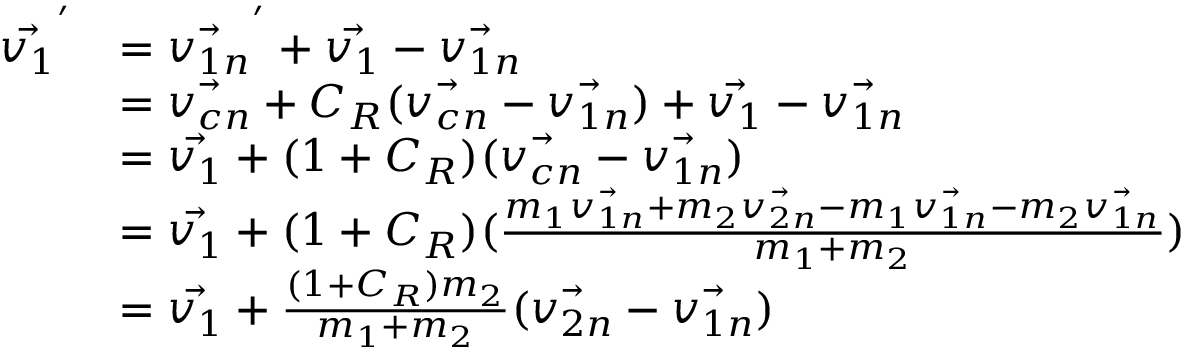
\begin{array} { r l } { \vec { v _ { 1 } } ^ { ' } } & { = \vec { v _ { 1 n } } ^ { ' } + \vec { v _ { 1 } } - \vec { v _ { 1 n } } } \\ & { = \vec { v _ { c n } } + C _ { R } ( \vec { v _ { c n } } - \vec { v _ { 1 n } } ) + \vec { v _ { 1 } } - \vec { v _ { 1 n } } } \\ & { = \vec { v _ { 1 } } + ( 1 + C _ { R } ) ( \vec { v _ { c n } } - \vec { v _ { 1 n } } ) } \\ & { = \vec { v _ { 1 } } + ( 1 + C _ { R } ) ( \frac { m _ { 1 } \vec { v _ { 1 n } } + m _ { 2 } \vec { v _ { 2 n } } - m _ { 1 } \vec { v _ { 1 n } } - m _ { 2 } \vec { v _ { 1 n } } } { m _ { 1 } + m _ { 2 } } ) } \\ & { = \vec { v _ { 1 } } + \frac { ( 1 + C _ { R } ) m _ { 2 } } { m _ { 1 } + m _ { 2 } } ( \vec { v _ { 2 n } } - \vec { v _ { 1 n } } ) } \end{array}